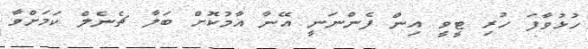
ހުޅުވާފަ ހުރި ޓީވީ އިން ފެންނަނީ އޭނާ އާމުކޮށް ބަލާ ޗެނެލް ކަމަށްވާ